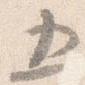
五